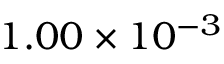
1 . 0 0 \times 1 0 ^ { - 3 }